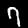
Digit: 7